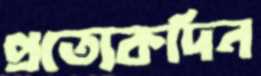
প্রত্যেকদিন